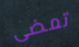
تمضى